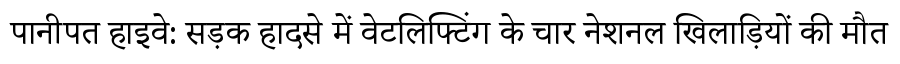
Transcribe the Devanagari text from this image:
पानीपत हाइवे: सड़क हादसे में वेटलिफ्टिंग के चार नेशनल खिलाड़ियों की मौत